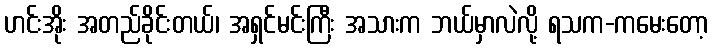
ဟင်းအိုး အတည်ခိုင်းတယ်၊ အရှင်မင်းကြီး အသားက ဘယ်မှာလဲလို့ ရသက-ကမေးတော့